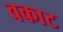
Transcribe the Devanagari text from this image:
वकाट